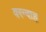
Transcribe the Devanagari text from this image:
वरन्दाह